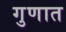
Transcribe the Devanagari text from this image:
गुणात